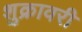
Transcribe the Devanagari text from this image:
शुक्रावरी